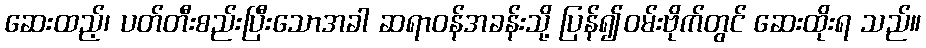
ဆေးထည့်၊ ပတ်တီးစည်းပြီးသောအခါ ဆရာဝန်အခန်းသို့ ပြန်၍ဝမ်းဗိုက်တွင် ဆေးထိုးရ သည်။